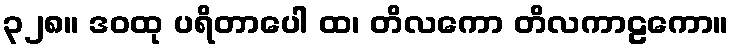
၃၂၈။ ဒဝထု ပရိတာပေါ ထ၊ တိလကော တိလကာဠကော။